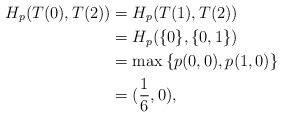
\begin{align*}H_p(T(0),T(2))&=H_p(T(1),T(2))\\&=H_p(\{0\},\{0,1\})\\&=\max\left\{p(0,0),p(1,0)\right\}\\&=(\frac{1}{6},0),\end{align*}